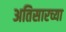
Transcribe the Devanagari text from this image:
अतिसारच्या